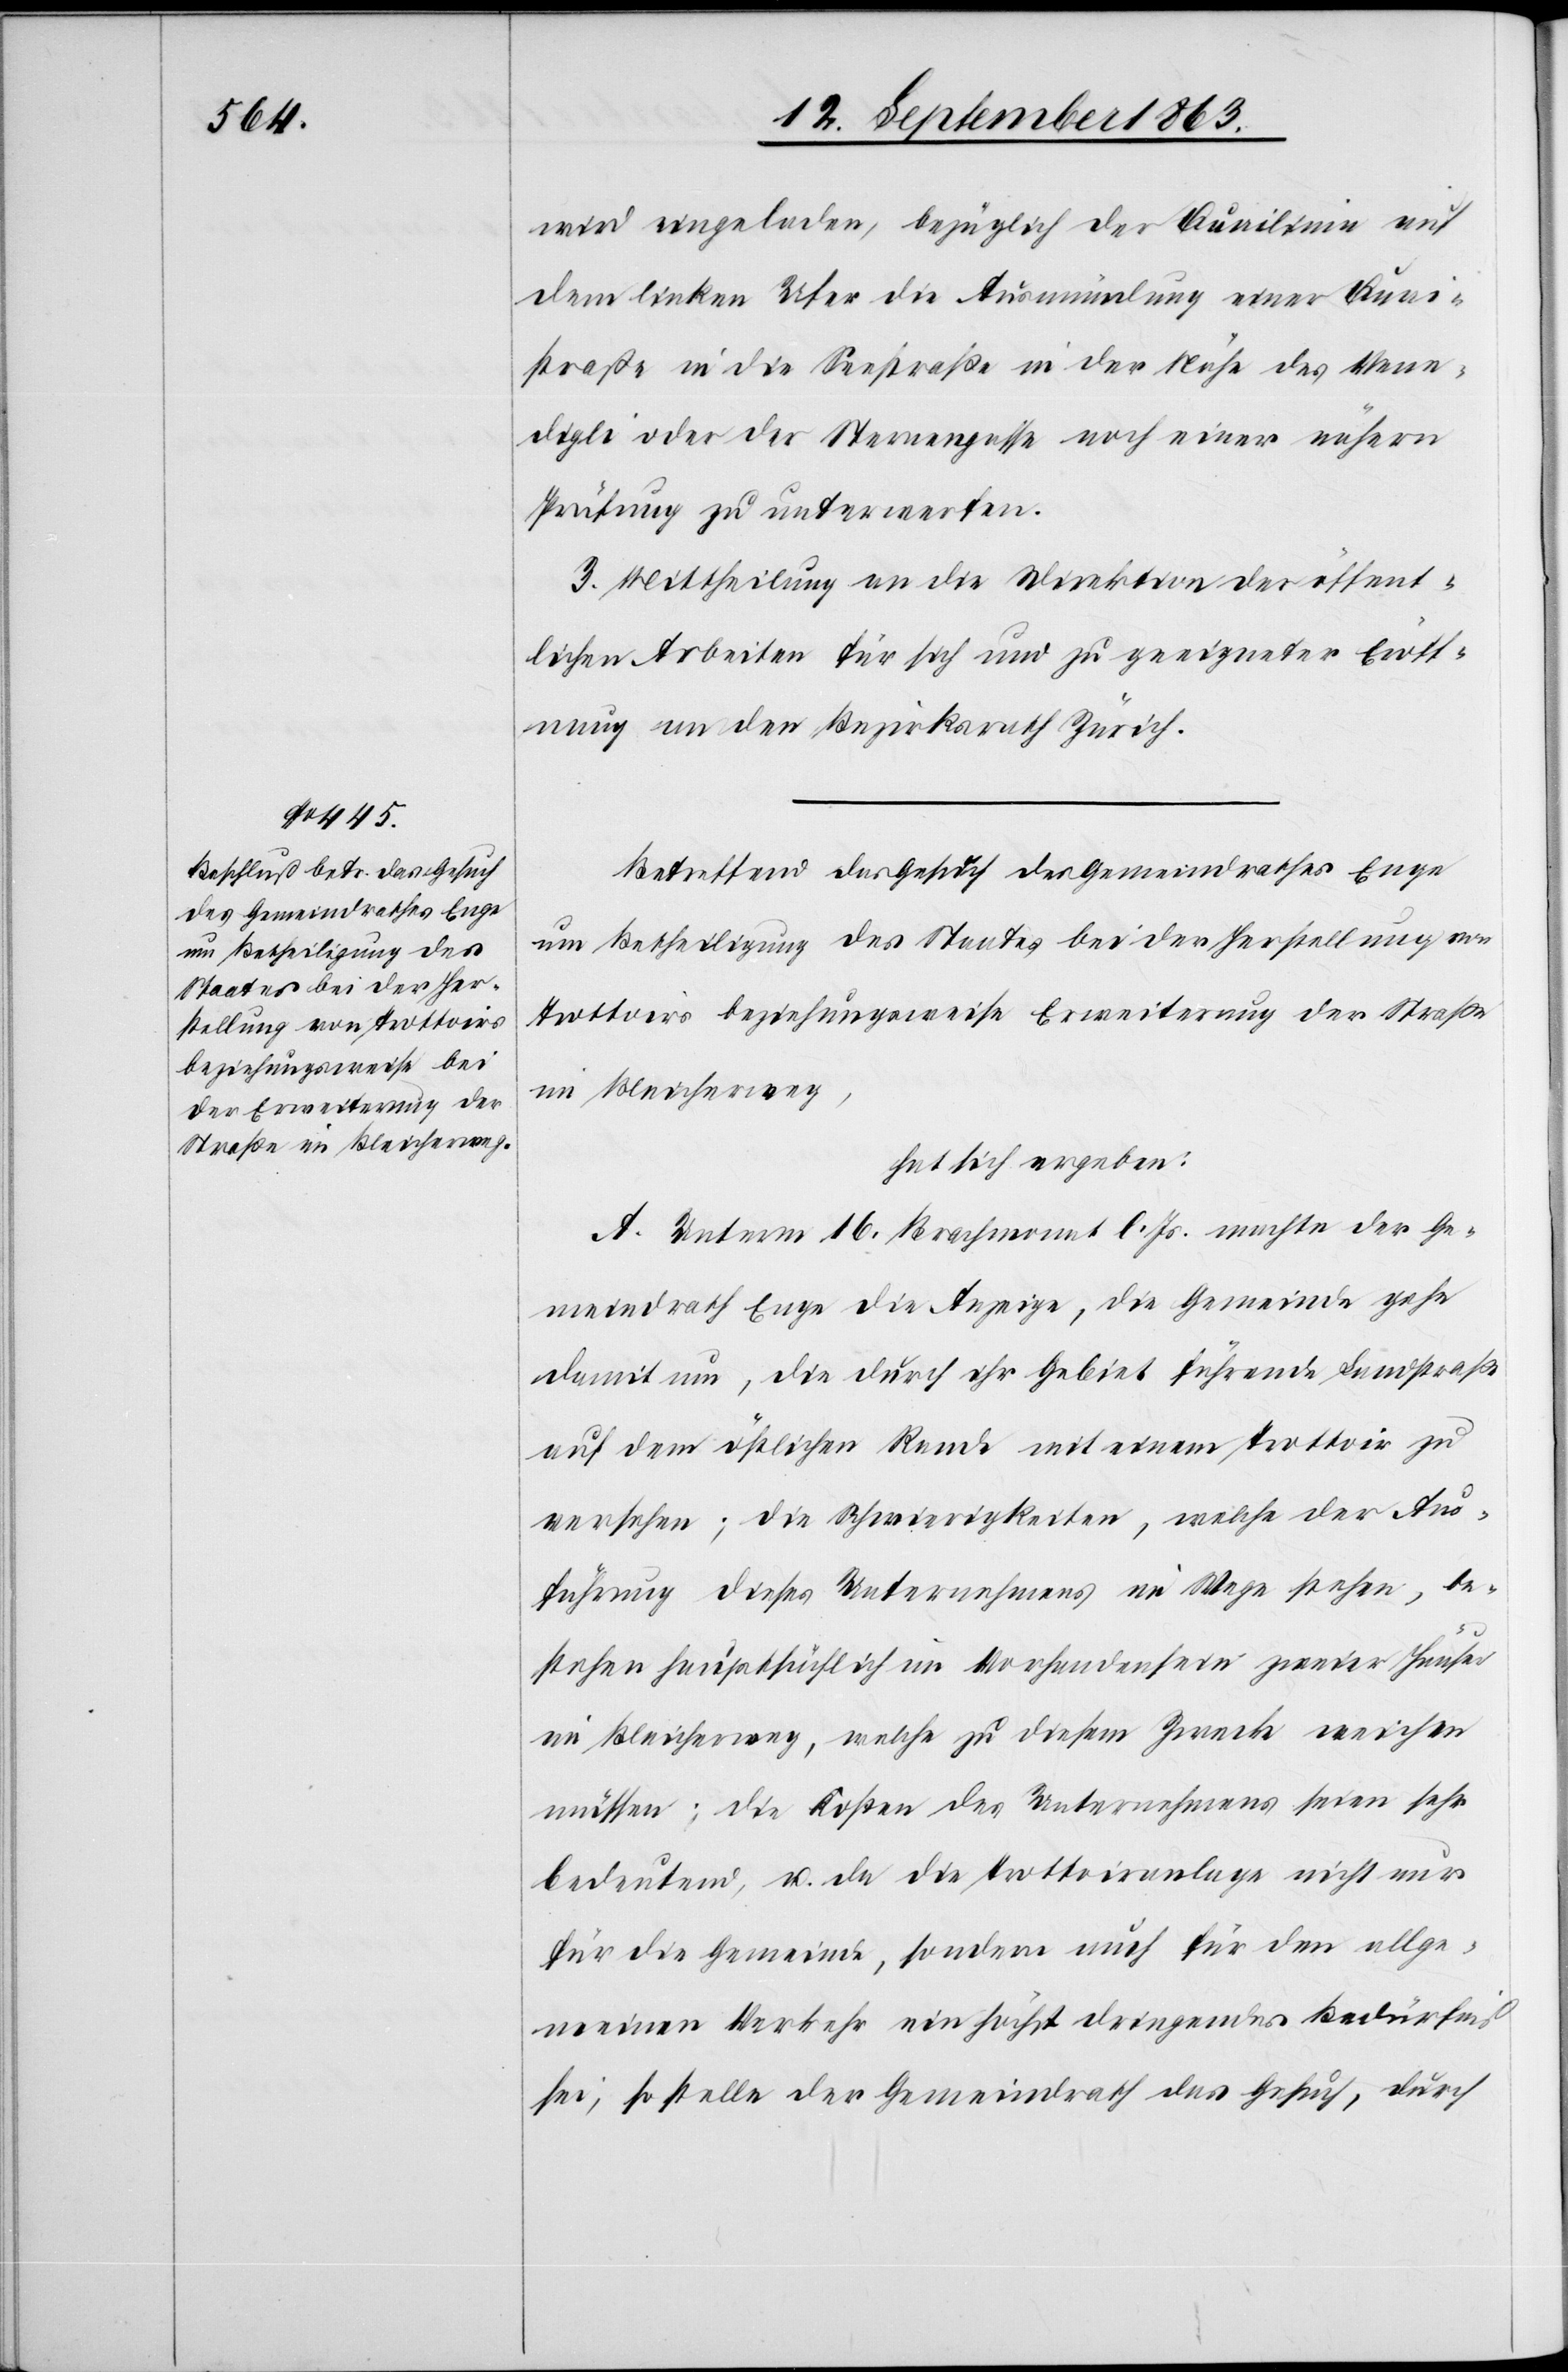
wird eingeladen, bezüglich der Quailinie auf
dem linken Ufer die Ausmündung einer Quai¬
straße in die Seestraße in der Nähe des Vene¬
digli oder der Sternengasse noch einer nähern
Prüfung zu unterwerfen.
3. Mittheilung an die Direktion der öffent¬
lichen Arbeiten für sich und zu geeigneter Eröff¬
nung an den Bezirksrath Zürich.
Betreffend das Gesuch des Gemeindrathes Enge
um Betheiligung des Staates bei der Herstellung von
Trottoirs beziehungsweise Erweiterung der Straße
im Bleicherweg,
hat sich ergeben:
A. Unterm 16. Brachmonat l. Js. machte der Ge¬
meindrath Enge die Anzeige, die Gemeinde gehe
damit um, die durch ihr Gebiet führende Landstraße
auf dem östlichen Rande mit einem Trottoir zu
versehen; die Schwierigkeiten, welche der Aus¬
führung dieses Unternehmens im Wege stehen, be¬
stehen hauptsächlich im Vorhandensein zweier Häuser
im Bleicherweg, welche zu diesem Zwecke weichen
müssen; die Kosten des Unternehmens seien sehr
bedeutend, u. da die Trottoiranlage nicht nur
für die Gemeinde, sondern auch für den allge¬
meinen Verkehr ein höchst dringendes Bedürfniß
sei, so stelle der Gemeindrath das Gesuch, durch